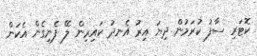
ކޮޓަރި ސާފު ކުރަމުން ދިޔަ އިރު އެނދު ކައިރިން ލޭ ފެނިގެން އެކަން